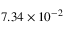
7 . 3 4 \times 1 0 ^ { - 2 }